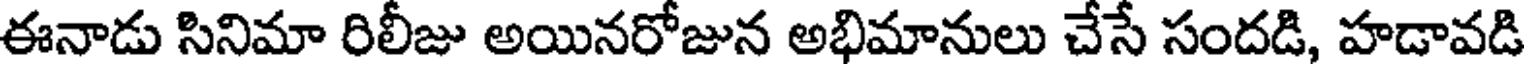
ఈనాడు సినిమా రిలీజు అయినరోజున అభిమానులు చేసే సందడి, హడావడి